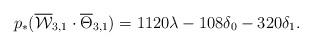
LaTeX: \begin{align*}p_*(\overline{\mathcal{W}}_{3,1} \cdot \overline{\Theta}_{3,1}) = 1120 \lambda -108 \delta_0 -320\delta_1.\end{align*}